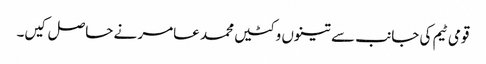
قومی ٹیم کی جانب سے تینوں وکٹیں محمد عامر نے حاصل کیں۔